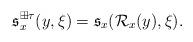
LaTeX: \begin{align*}\frak s_x^{\boxplus\tau}(y,\xi) = \frak s_x(\mathcal R_x(y),\xi).\end{align*}